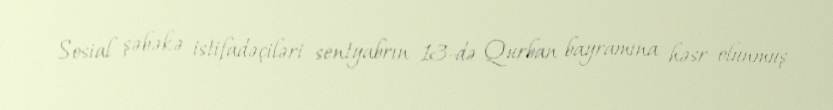
Sosial şəbəkə istifadəçiləri sentyabrın 13-də Qurban bayramına həsr olunmuş